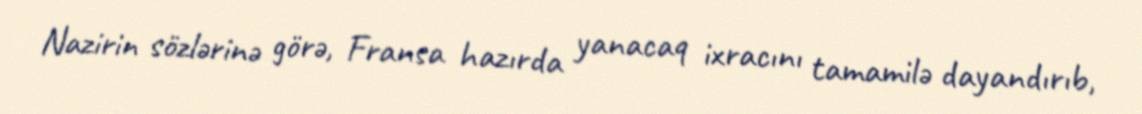
Nazirin sözlərinə görə, Fransa hazırda yanacaq ixracını tamamilə dayandırıb,